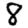
Digit: 8